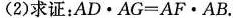
(2)求证:$$A D \cdot A G = A F \cdot A B$$.